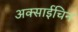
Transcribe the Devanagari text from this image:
अक्साईचिन